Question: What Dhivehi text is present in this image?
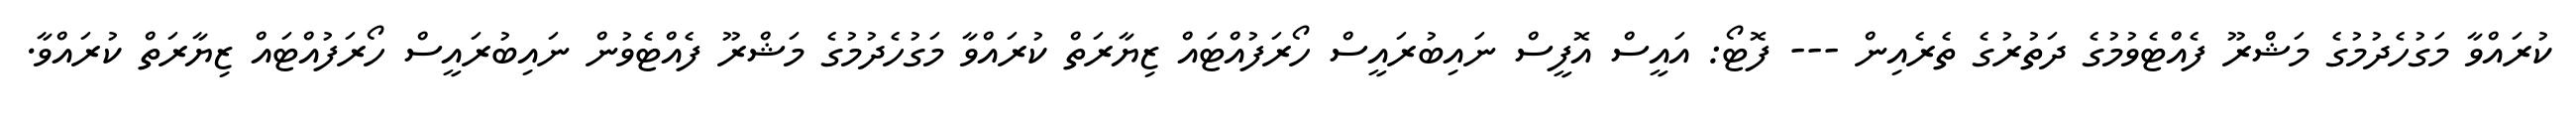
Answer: ކުރައްވާ މަގުހެދުމުގެ މަޝްރޫ ފެއްޓެވުމުގެ ދަތުރުގެ ތެރެއިން --- ފޮޓޯ: އައީސް އޮފީސް ނައިބުރައީސް ހޯރަފުއްޓައް ޒިޔާރަތް ކުރައްވާ މަގުހެދުމުގެ މަޝްރޫ ފެއްޓެވުން ނައިބުރައީސް ހޯރަފުއްޓައް ޒިޔާރަތް ކުރައްވާ.